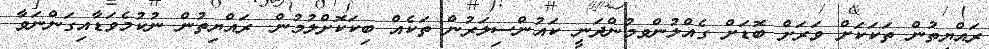
ރައްޔިތުން ތަކަކަށް ވަރަށް ބޮޑަށް ގެއްލުންވމުންދަނީ ކައުންސިލަރުން ތަކެއް ބިކަކޮށްލުމުން. ރައްޔިތުން ނުކުމެވަޑާއިގަންނަވާ